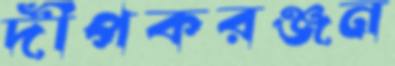
দীপকরঞ্জন